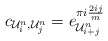
\begin{align*} c_{\mathcal U^n_i, \mathcal U^n_j} = e^{ \pi i \frac{2ij}{m}} _{\mathcal U^n_{i+j}} \end{align*}